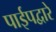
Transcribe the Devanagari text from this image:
पाईपद्वारे